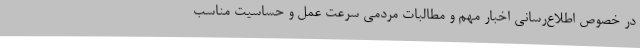
در خصوص اطلاع‌رسانی اخبار مهم و مطالبات مردمی سرعت عمل و حساسیت مناسب